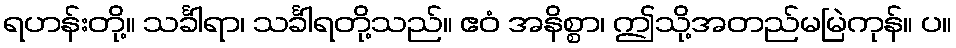
ရဟန်းတို့။ သင်္ခါရာ၊ သင်္ခါရတို့သည်။ ဧဝံ အနိစ္စာ၊ ဤသို့အတည်မမြဲကုန်။ ပ။